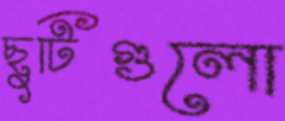
ছুটিগুলো